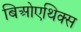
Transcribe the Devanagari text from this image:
बिओएथिक्स